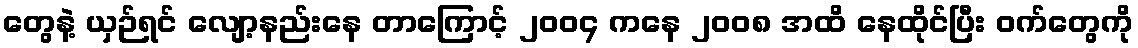
တွေနဲ့ ယှဉ်ရင် လျော့နည်းနေ တာကြောင့် ၂၀၀၄ ကနေ ၂၀၀၈ အထိ နေထိုင်ပြီး ဝက်တွေကို